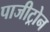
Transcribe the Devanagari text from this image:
पाजीट्रोन